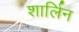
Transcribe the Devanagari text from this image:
शार्लिन